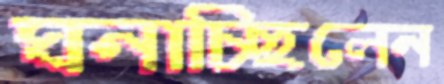
ঘনাচ্ছিলেন